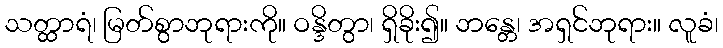
သတ္ထာရံ၊ မြတ်စွာဘုရားကို။ ဝန္ဒိတွာ၊ ရှိခိုး၍။ ဘန္တေ၊ အရှင်ဘုရား။ လူခံ၊